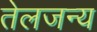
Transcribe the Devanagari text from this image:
तेलजन्य